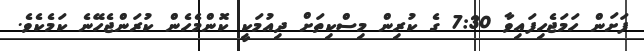
ފަށަން ހަމަޖެހިފައިވާ 7:30 ގެ ކުރިން މިސްކިތަށް ދިއުމަކީ ކޮންމެހެން ކުރަންޖެހޭނެ ކަމެކެވެ.